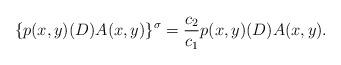
LaTeX: \begin{align*}\{p(x,y)(D)A(x,y)\}^\sigma = \displaystyle\frac{c_2}{c_1} p(x,y)(D)A(x,y).\end{align*}